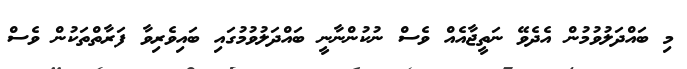
މި ބައްދަލުވުމުން އެދެވޭ ނަތީޖާއެއް ވެސް ނުކުންނާނީ ބައްދަލުވުމުގައި ބައިވެރިވާ ފަރާތްތަކުން ވެސް